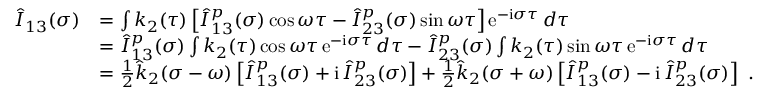
\begin{array} { r l } { \hat { I } _ { 1 3 } ( \sigma ) } & { = \int k _ { 2 } ( \tau ) \left[ \hat { I } _ { 1 3 } ^ { p } ( \sigma ) \cos \omega \tau - \hat { I } _ { 2 3 } ^ { p } ( \sigma ) \sin \omega \tau \right] \mathrm { e } ^ { - \mathrm { i } \sigma \tau } \, d \tau } \\ & { = \hat { I } _ { 1 3 } ^ { p } ( \sigma ) \int k _ { 2 } ( \tau ) \cos \omega \tau \, \mathrm { e } ^ { - \mathrm { i } \sigma \tau } \, d \tau - \hat { I } _ { 2 3 } ^ { p } ( \sigma ) \int k _ { 2 } ( \tau ) \sin \omega \tau \, \mathrm { e } ^ { - \mathrm { i } \sigma \tau } \, d \tau } \\ & { = \frac 1 2 \hat { k } _ { 2 } ( \sigma - \omega ) \left[ \hat { I } _ { 1 3 } ^ { p } ( \sigma ) + \mathrm { i } \, \hat { I } _ { 2 3 } ^ { p } ( \sigma ) \right] + \frac 1 2 \hat { k } _ { 2 } ( \sigma + \omega ) \left[ \hat { I } _ { 1 3 } ^ { p } ( \sigma ) - \mathrm { i } \, \hat { I } _ { 2 3 } ^ { p } ( \sigma ) \right] \ . } \end{array}